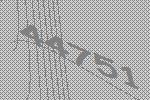
44751